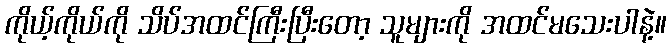
ကိုယ့်ကိုယ်ကို သိပ်အထင်ကြီးပြီးတော့ သူများကို အထင်မသေးပါနဲ့။